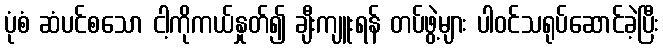
ပုံစံ ဆံပင်စသော ငါ့ကိုကယ်နှုတ်၍ ချီးကျူးရန် တပ်ဖွဲ့များ ပါဝင်သရုပ်ဆောင်ခဲ့ပြီး